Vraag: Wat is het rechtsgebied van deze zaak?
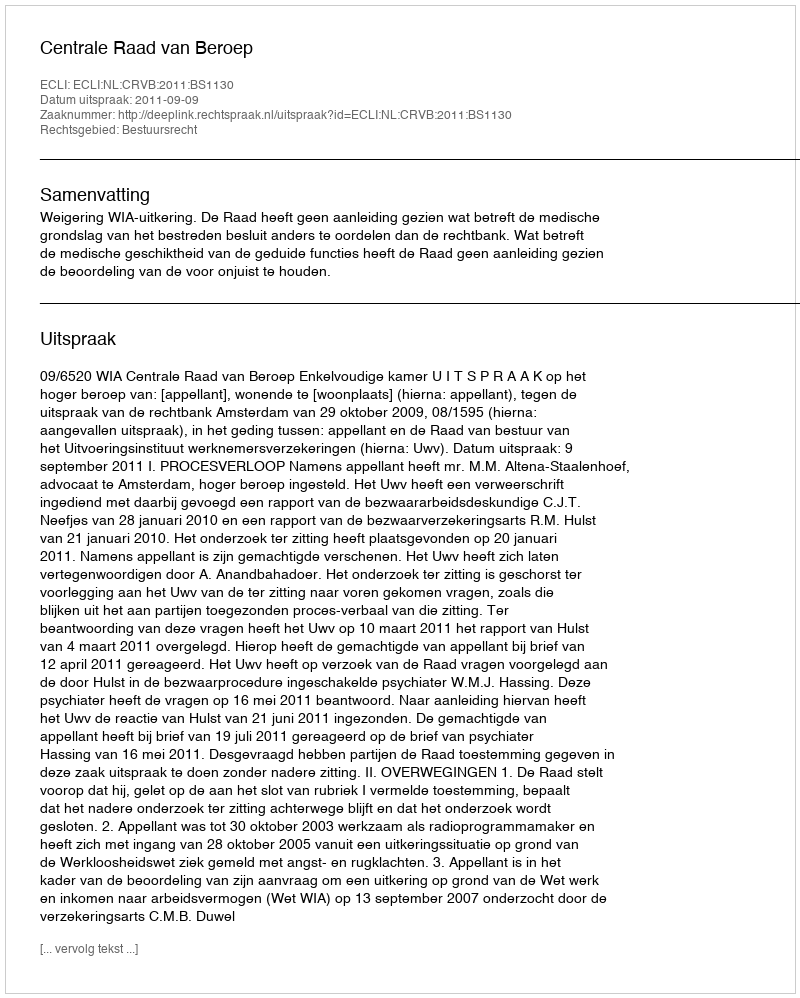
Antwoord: Bestuursrecht